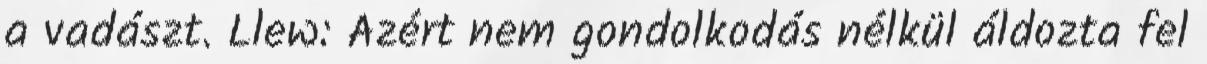
a vadászt. Llew: Azért nem gondolkodás nélkül áldozta fel